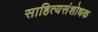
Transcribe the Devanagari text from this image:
साहित्यसंशोधक